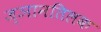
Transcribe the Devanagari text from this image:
ज्ञानतिलक